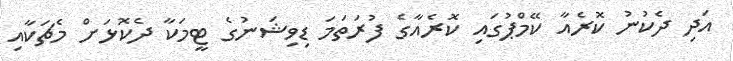
އަދި ދެކުނު ކޮރެއާ ކޭމްޕުގައި ކޮރެއާގެ ފުރަތަމަ ޑިވިޝަނުގެ ޓީމަކާ ދެކޮޅަށް މެޗަކާއި